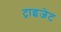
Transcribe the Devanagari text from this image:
ट्राइजेट